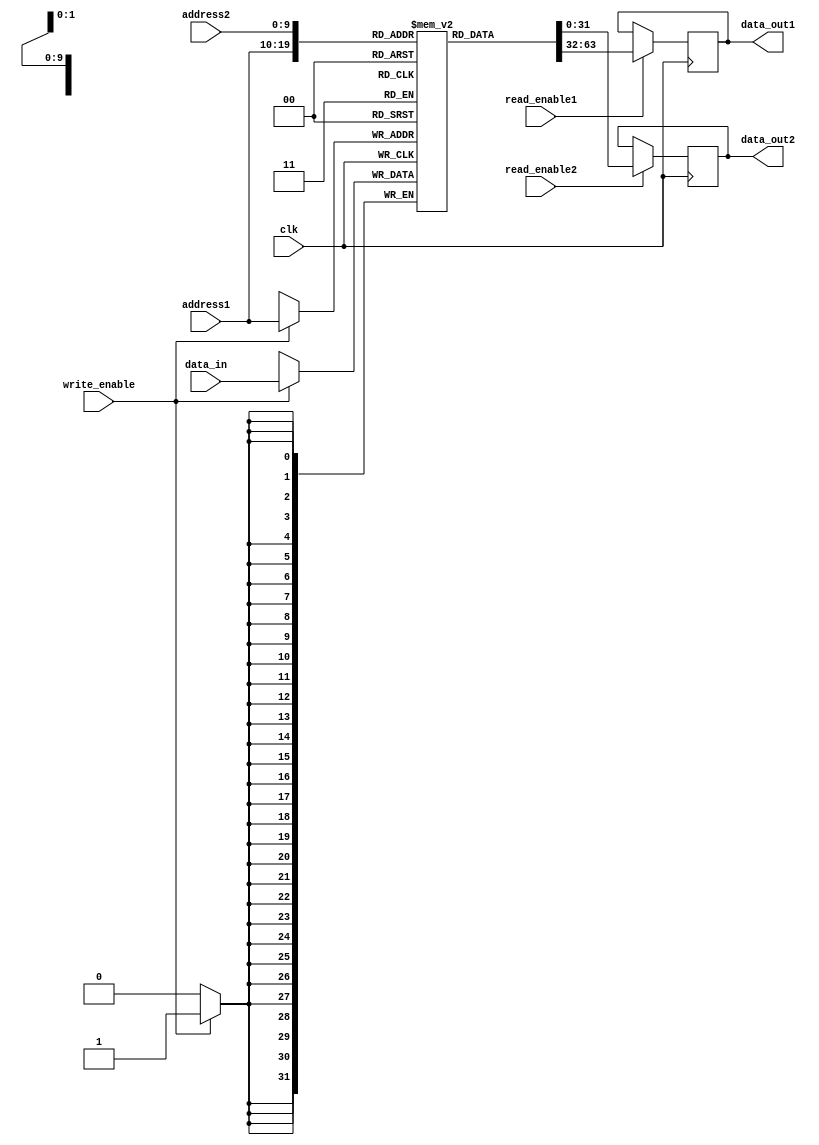
module dual_port_ram (
    input wire clk,
    input wire [9:0] address1,
    input wire [9:0] address2,
    input wire [31:0] data_in,
    output reg [31:0] data_out1,
    output reg [31:0] data_out2,
    input wire read_enable1,
    input wire read_enable2,
    input wire write_enable,
);

reg [31:0] memory [0:1023];

always @(posedge clk) begin
    if (write_enable) begin
        memory[address1] <= data_in;
    end
    if (read_enable1) begin
        data_out1 <= memory[address1];
    end
    if (read_enable2) begin
        data_out2 <= memory[address2];
    end
end

endmodule